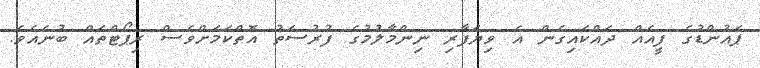
ޕައުންޑުގެ ފީއެއް ދައްކައިގެން އެ ވިޔަފާރި ނިންމާލުމުގެ ފުރުސަތު އޮތްކަމަށްވެސް ރިޕޯޓްތައް ބުނެއެވެ.